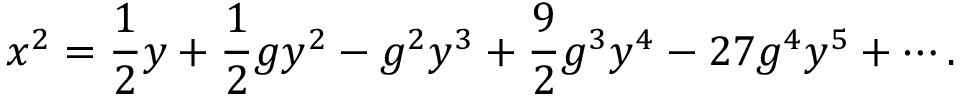
x ^ { 2 } = \frac { 1 } { 2 } y + \frac { 1 } { 2 } g y ^ { 2 } - g ^ { 2 } y ^ { 3 } + \frac { 9 } { 2 } g ^ { 3 } y ^ { 4 } - 2 7 g ^ { 4 } y ^ { 5 } + \cdots .